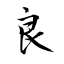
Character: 良